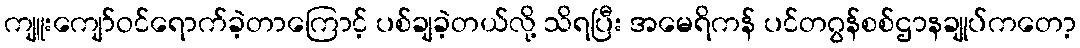
ကျူးကျော်ဝင်ရောက်ခဲ့တာကြောင့် ပစ်ချခဲ့တယ်လို့ သိရပြီး အမေရိကန် ပင်တဂွန်စစ်ဌာနချုပ်ကတော့